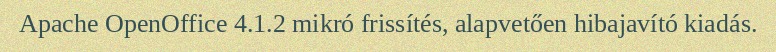
Apache OpenOffice 4.1.2 mikró frissítés, alapvetően hibajavító kiadás.